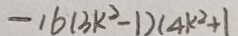
- 1 6 ( 3 k ^ { 2 } - 1 ) ( 4 k ^ { 2 } + 1